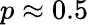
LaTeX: p\approx 0.5